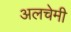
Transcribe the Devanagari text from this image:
अलचेमी